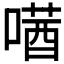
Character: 𫫛